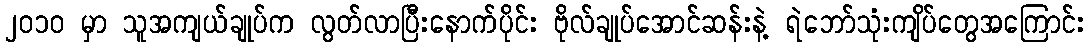
၂၀၁၀ မှာ သူအကျယ်ချုပ်က လွတ်လာပြီးနောက်ပိုင်း ဗိုလ်ချုပ်အောင်ဆန်းနဲ့ ရဲဘော်သုံးကျိပ်တွေအကြောင်း